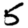
Digit: 5